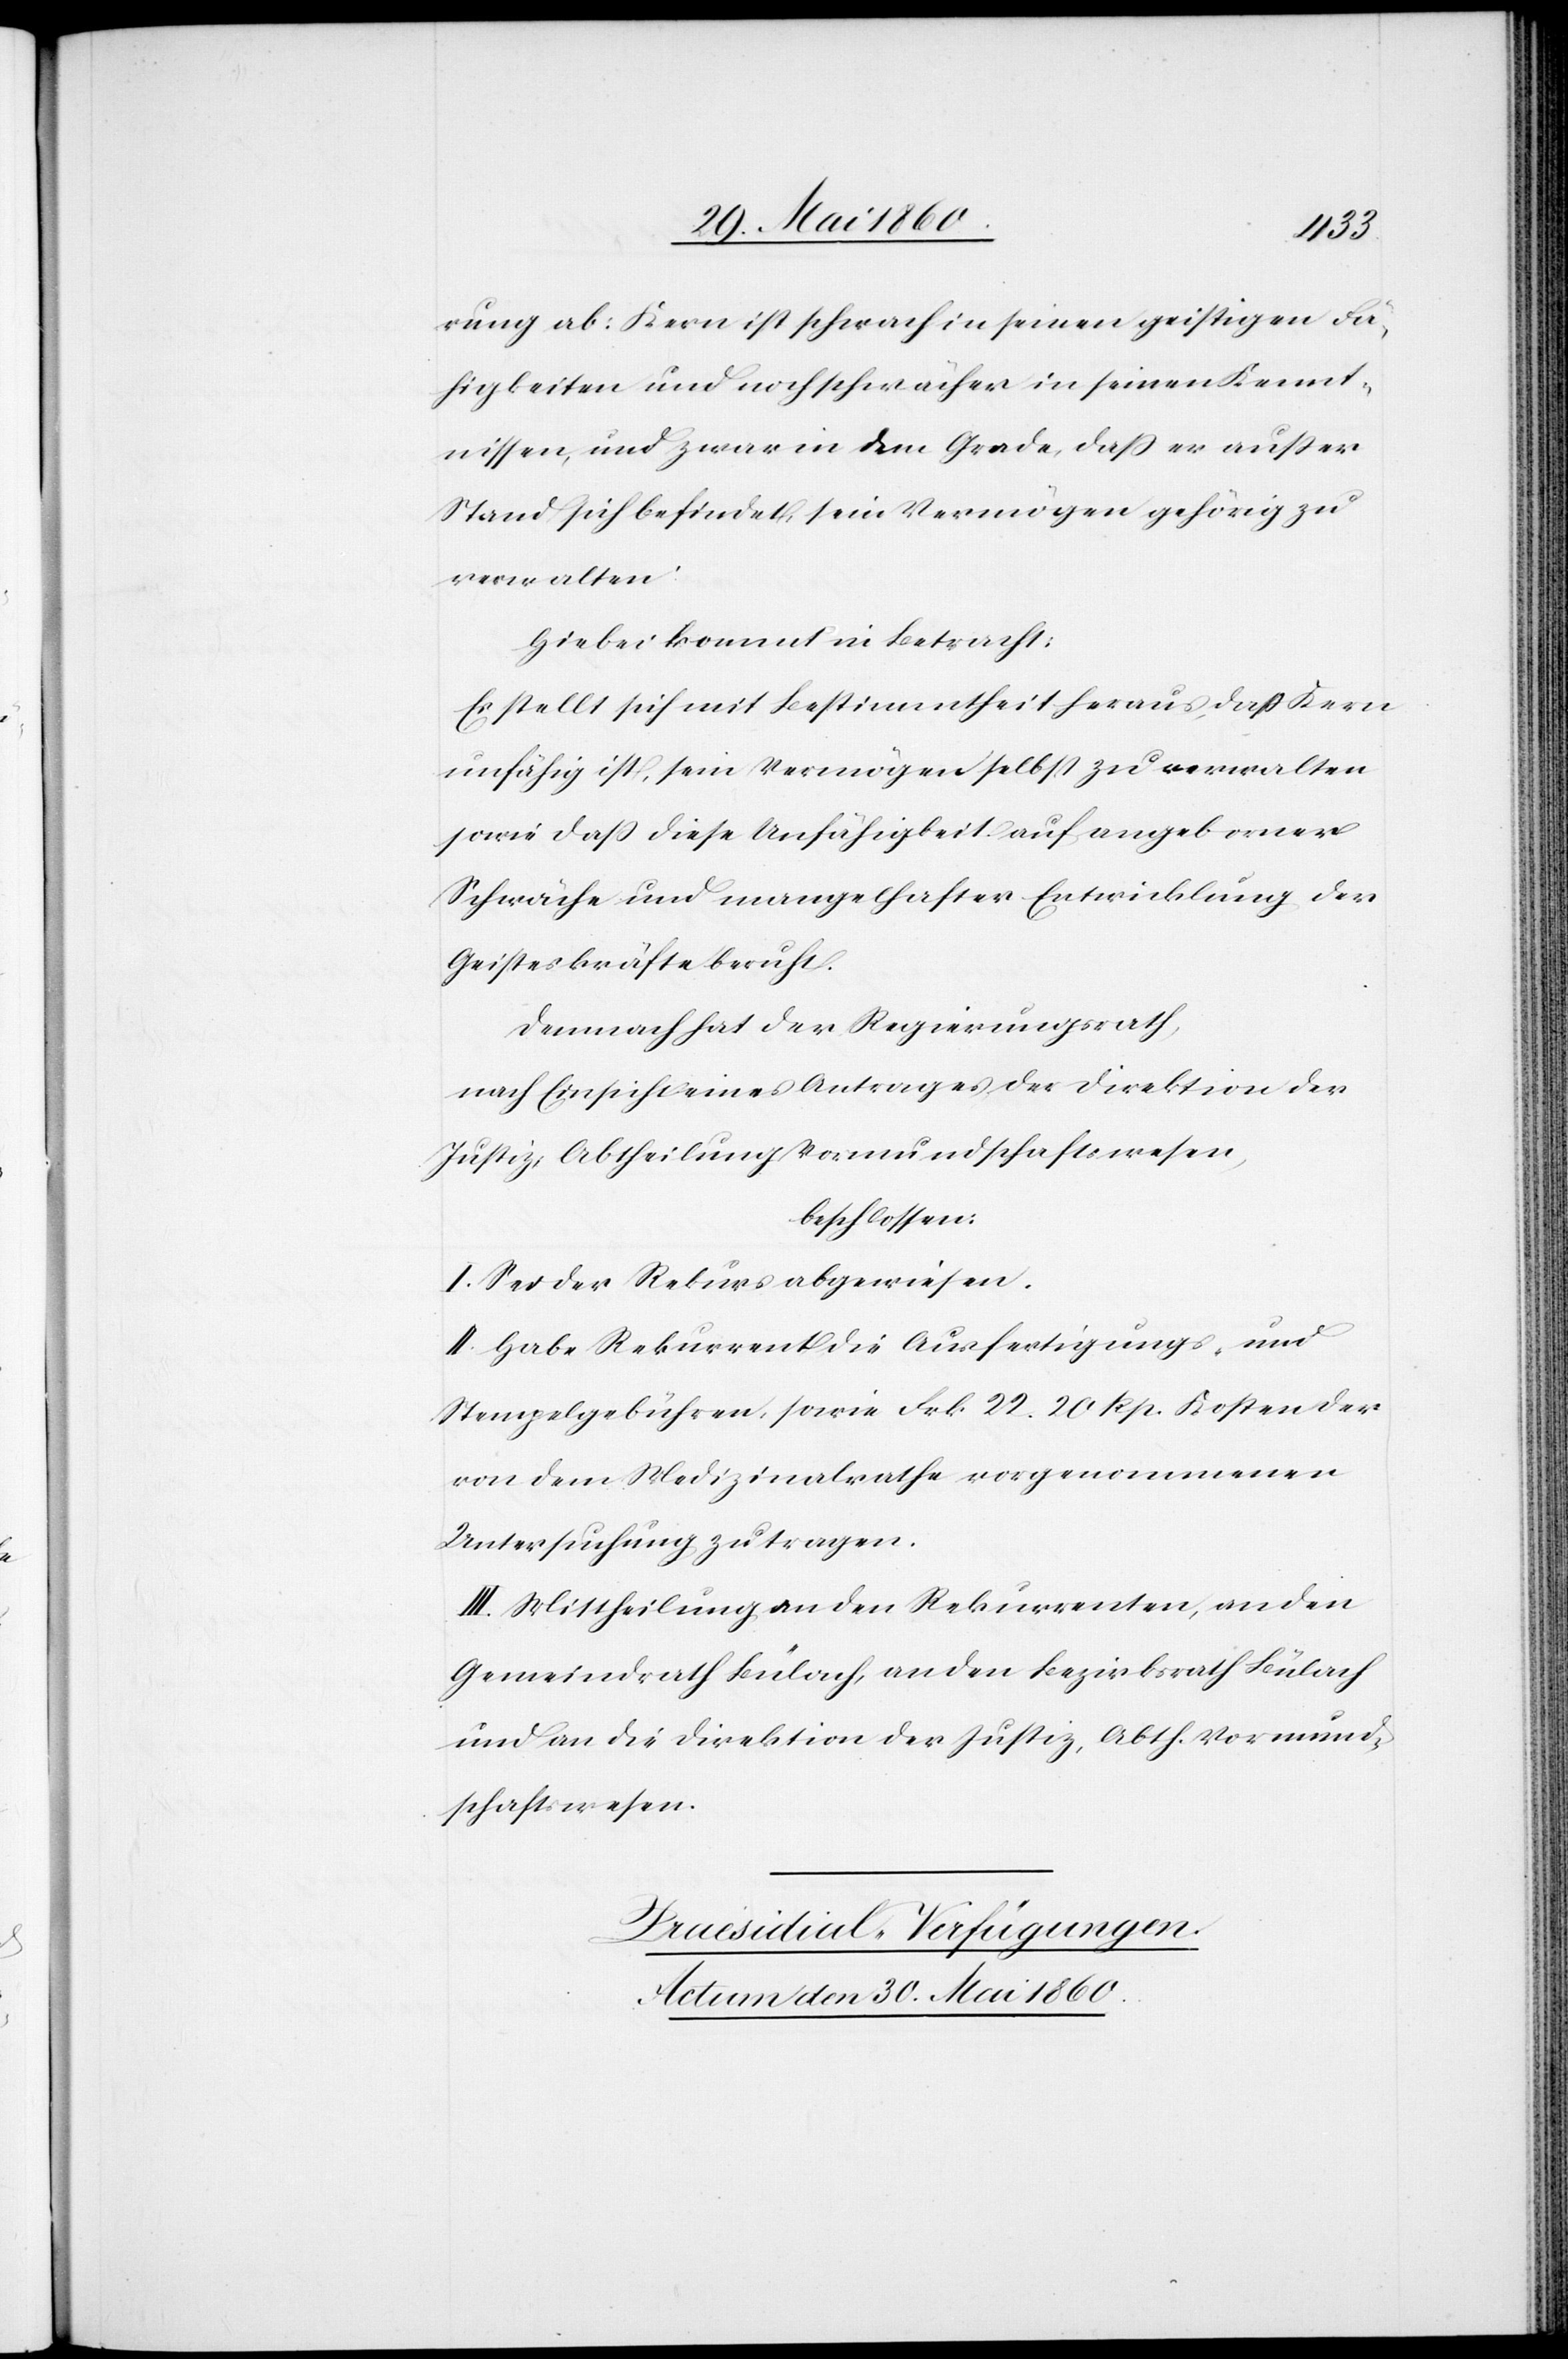
rung ab: Kern ist schwach in seinen geistigen Fä¬
higkeiten und noch schwächer in seinen Kennt¬
nissen, und zwar in dem Grade, dass er ausser
Stand sich befindet, sein Vermögen gehörig zu
verwalten.
Hiebei kommt in Betracht:
Es stellt sich mit Bestimmtheit heraus, dass Kern
unfähig ist, sein Vermögen selbst zu verwalten
sowie dass diese Unfähigkeit auf angeborner
Schwäche und mangelhafter Entwicklung der
Geisteskräfte beruht.
Demnach hat der Regierungsrath,
nach Einsicht eines Antrages der Direktion der
Justiz, Abtheilung Vormundschaftswesen,
beschlossen:
I. Sei der Rekurs abgewiesen.
II. Habe Rekurrent die Ausfertigungs- und
Stempelgebühren, sowie Frk. 22. 20 Rp. Kosten der
von dem Medizinalrathe vorgenommenen
Untersuchung zu tragen.
III. Mittheilung an den Rekurrenten, an den
Gemeindrath Bülach, an den Bezirksrath Bülach
und an die Direktion der Justiz, Abth. Vormund¬
schaftswesen.
Praesidial-Verfügungen.
Actum den 30. Mai 1860.